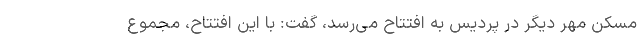
مسکن مهر دیگر در پردیس به افتتاح می‌رسد، گفت: با این افتتاح، مجموع